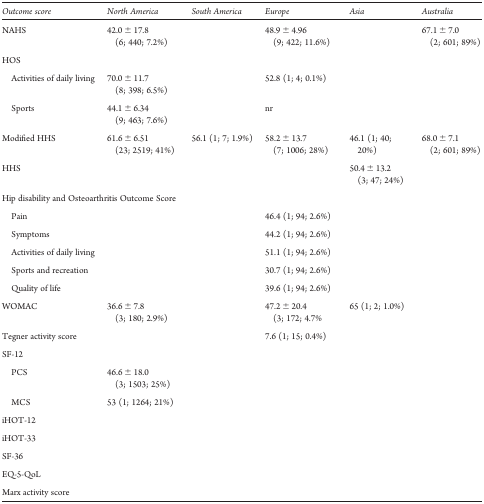
<table><thead><tr><td><b>Outcome score</b></td><td><b>North America</b></td><td><b>South America</b></td><td><b>Europe</b></td><td><b>Asia</b></td><td><b>Australia</b></td></tr></thead><tbody><tr><td>NAHS</td><td>42.0 ± 17.8 (6; 440; 7.2%)</td><td></td><td>48.9 ± 4.96 (9; 422; 11.6%)</td><td></td><td>67.1 ± 7.0 (2; 601; 89%)</td></tr><tr><td>HOS</td><td></td><td></td><td></td><td></td><td></td></tr><tr><td>Activities of daily living</td><td>70.0 ± 11.7 (8; 398; 6.5%)</td><td></td><td>52.8 (1; 4; 0.1%)</td><td></td><td></td></tr><tr><td>Sports</td><td>44.1 ± 6.34 (9; 463; 7.6%)</td><td></td><td>nr</td><td></td><td></td></tr><tr><td>Modified HHS</td><td>61.6 ± 6.51 (23; 2519; 41%)</td><td>56.1 (1; 7; 1.9%)</td><td>58.2 ± 13.7 (7; 1006; 28%)</td><td>46.1 (1; 40; 20%)</td><td>68.0 ± 7.1 (2; 601; 89%)</td></tr><tr><td>HHS</td><td></td><td></td><td></td><td>50.4 ± 13.2 (3; 47; 24%)</td><td></td></tr><tr><td colspan="6">Hip disability and Osteoarthritis Outcome Score</td></tr><tr><td>Pain</td><td></td><td></td><td>46.4 (1; 94; 2.6%)</td><td></td><td></td></tr><tr><td>Symptoms</td><td></td><td></td><td>44.2 (1; 94; 2.6%)</td><td></td><td></td></tr><tr><td>Activities of daily living</td><td></td><td></td><td>51.1 (1; 94; 2.6%)</td><td></td><td></td></tr><tr><td>Sports and recreation</td><td></td><td></td><td>30.7 (1; 94; 2.6%)</td><td></td><td></td></tr><tr><td>Quality of life</td><td></td><td></td><td>39.6 (1; 94; 2.6%)</td><td></td><td></td></tr><tr><td>WOMAC</td><td>36.6 ± 7.8 (3; 180; 2.9%)</td><td></td><td>47.2 ± 20.4 (3; 172; 4.7%</td><td>65 (1; 2; 1.0%)</td><td></td></tr><tr><td>Tegner activity score</td><td></td><td></td><td>7.6 (1; 15; 0.4%)</td><td></td><td></td></tr><tr><td colspan="6">SF-12</td></tr><tr><td>PCS</td><td>46.6 ± 18.0 (3; 1503; 25%)</td><td></td><td></td><td></td><td></td></tr><tr><td>MCS</td><td>53 (1; 1264; 21%)</td><td></td><td></td><td></td><td></td></tr><tr><td>iHOT-12</td><td></td><td></td><td></td><td></td><td></td></tr><tr><td>iHOT-33</td><td></td><td></td><td></td><td></td><td></td></tr><tr><td>SF-36</td><td></td><td></td><td></td><td></td><td></td></tr><tr><td>EQ-5-QoL</td><td></td><td></td><td></td><td></td><td></td></tr><tr><td>Marx activity score</td><td></td><td></td><td></td><td></td><td></td></tr></tbody></table>